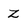
Character: Z